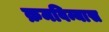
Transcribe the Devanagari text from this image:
क्रमविन्यास